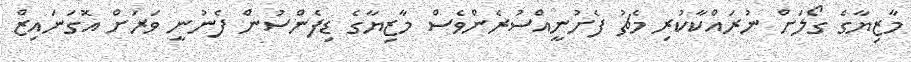
މާޒިޔާގެ ގޯލަށް ނުރައްކާކުރި މެޗު ފެށުނީއްސުރެންވެސް މާޒިޔާގެ ޑިފެންސުން ފެނުނީ ވަރަށް އޮގަނައިޒް